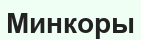
Минкоры